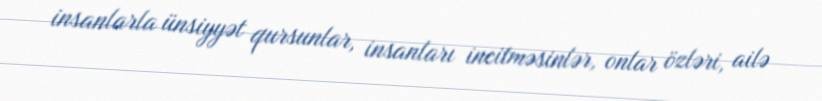
insanlarla ünsiyyət qursunlar, insanları incitməsinlər, onlar özləri, ailə